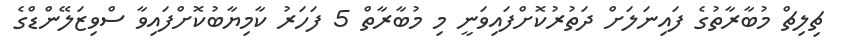
ޗިލިޗް މުބާރާތުގެ ފައިނަލަށް ދަތުރުކޮށްފައިވަނީ މި މުބާރާތް 5 ފަހަރު ކާމިޔާބުކޮށްފައިވާ ސްވިޒަލޭންޑްގެ